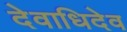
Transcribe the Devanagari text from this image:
देवाधिदेव